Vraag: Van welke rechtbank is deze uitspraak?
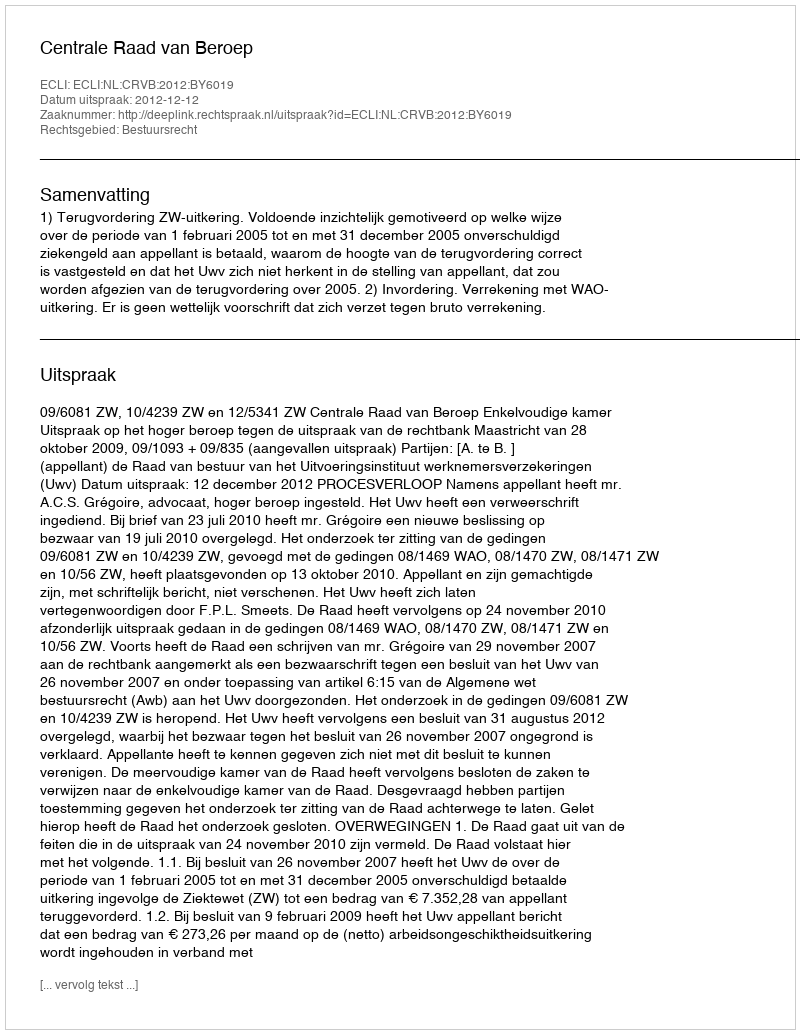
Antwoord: Centrale Raad van Beroep